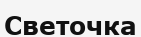
Светочка